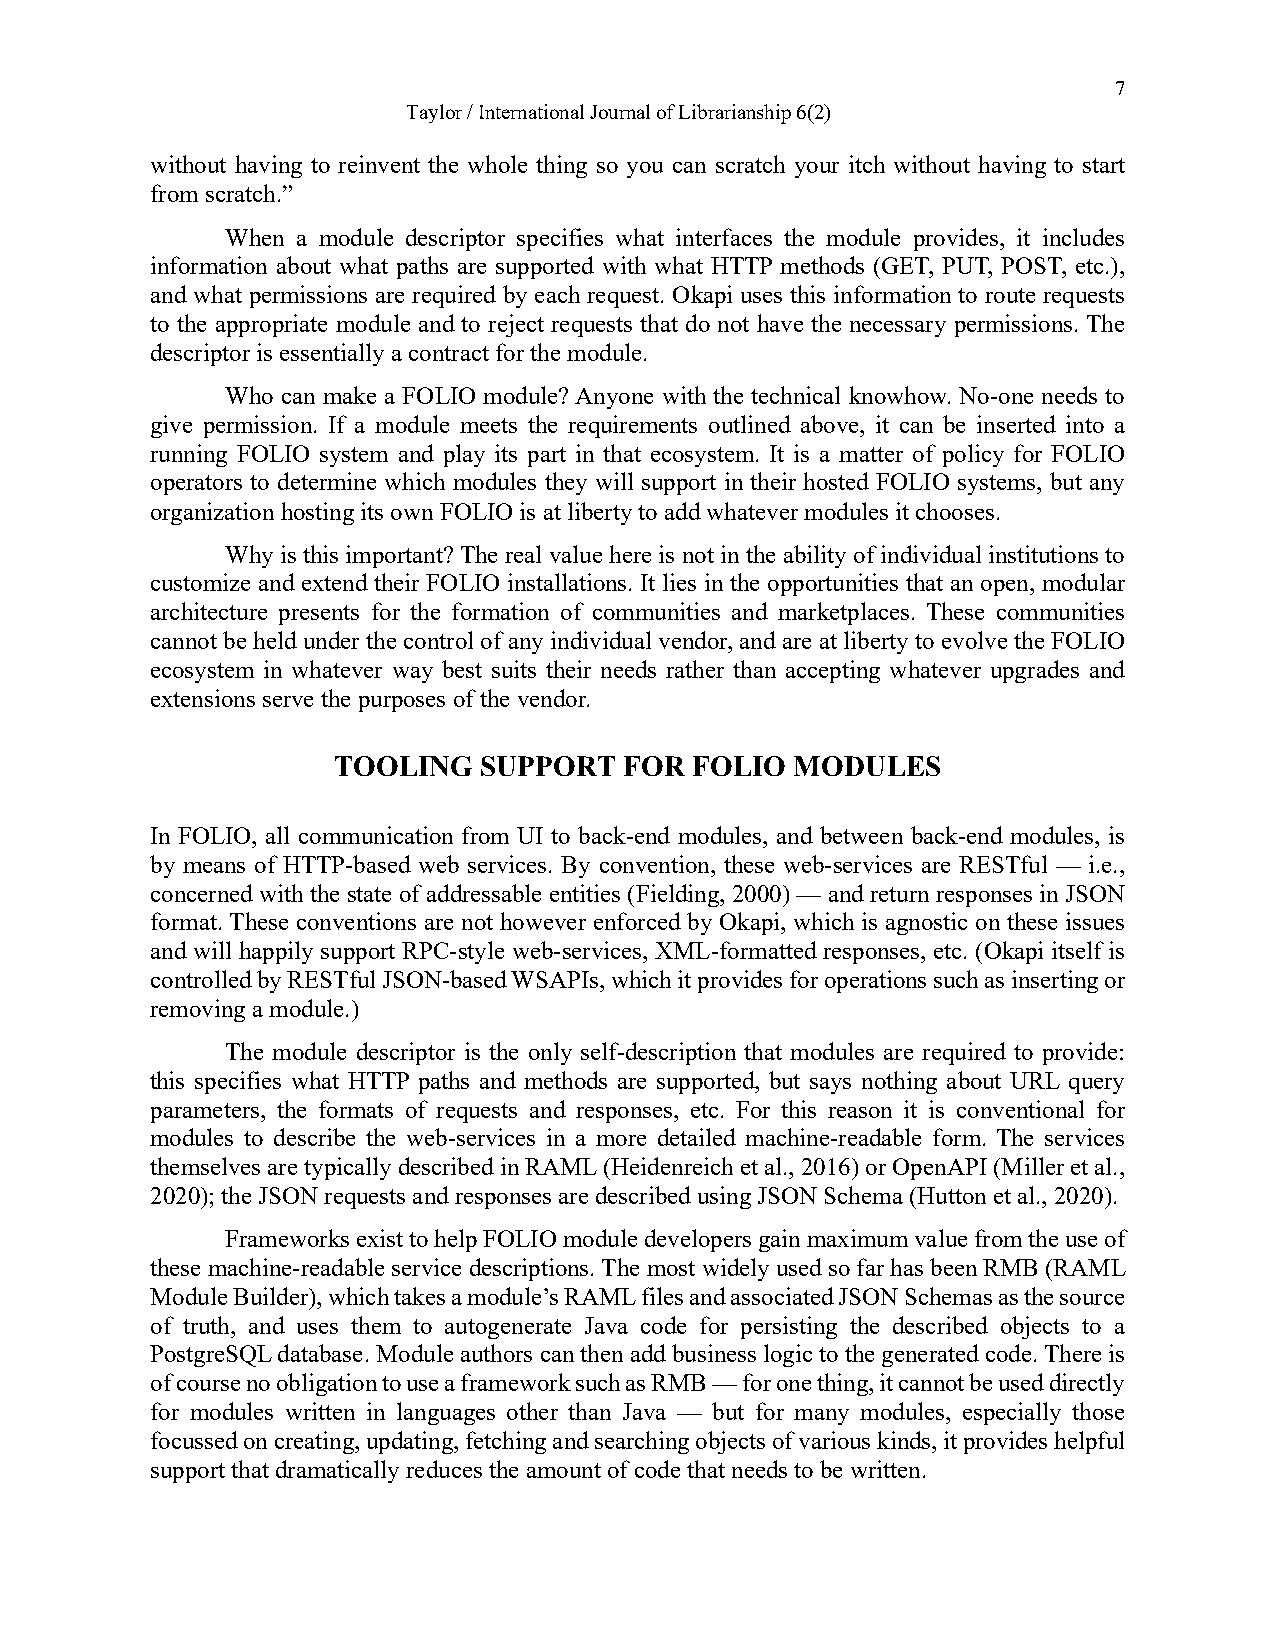
7
 Taylor / International Journal of Librarianship 6(2)
 without having to reinvent the whole thing so you can scratch your itch without having to start
 from scratch.”
 When a module descriptor specifies what interfaces the module provides, it includes
 information about what paths are supported with what HTTP methods (GET, PUT, POST, etc.),
 and what permissions are required by each request. Okapi uses this information to route requests
 to the appropriate module and to reject requests that do not have the necessary permissions. The
 descriptor is essentially a contract for the module.
 Who can make a FOLIO module? Anyone with the technical knowhow. No-one needs to
 give permission. If a module meets the requirements outlined above, it can be inserted into a
 running FOLIO system and play its part in that ecosystem. It is a matter of policy for FOLIO
 operators to determine which modules they will support in their hosted FOLIO systems, but any
 organization hosting its own FOLIO is at liberty to add whatever modules it chooses.
 Why is this important? The real value here is not in the ability of individual institutions to
 customize and extend their FOLIO installations. It lies in the opportunities that an open, modular
 architecture presents for the formation of communities and marketplaces. These communities
 cannot be held under the control of any individual vendor, and are at liberty to evolve the FOLIO
 ecosystem in whatever way best suits their needs rather than accepting whatever upgrades and
 extensions serve the purposes of the vendor.
 TOOLING   SUPPORT  FOR  FOLIO  MODULES
 In FOLIO, all communication from UI to back-end modules, and between back-end modules, is
 by means of HTTP-based web services. By convention, these web-services are RESTful — i.e.,
 concerned with the state of addressable entities (Fielding, 2000) — and return responses in JSON
 format. These conventions are not however enforced by Okapi, which is agnostic on these issues
 and will happily support RPC-style web-services, XML-formatted responses, etc. (Okapi itself is
 controlled by RESTful JSON-based WSAPIs, which it provides for operations such as inserting or
 removing a module.)
 The module descriptor is the only self-description that modules are required to provide:
 this specifies what HTTP paths and methods are supported, but says nothing about URL query
 parameters, the formats of requests and responses, etc. For this reason it is conventional for
 modules to describe the web-services in a more detailed machine-readable form. The services
 themselves are typically described in RAML (Heidenreich et al., 2016) or OpenAPI (Miller et al.,
 2020); the JSON requests and responses are described using JSON Schema (Hutton et al., 2020).
 Frameworks exist to help FOLIO module developers gain maximum value from the use of
 these machine-readable service descriptions. The most widely used so far has been RMB (RAML
 Module Builder), which takes a module’s RAML files and associated JSON Schemas as the source
 of truth, and uses them to autogenerate Java code for persisting the described objects to a
 PostgreSQL database. Module authors can then add business logic to the generated code. There is
 of course no obligation to use a framework such as RMB — for one thing, it cannot be used directly
 for modules written in languages other than Java — but for many modules, especially those
 focussed on creating, updating, fetching and searching objects of various kinds, it provides helpful
 support that dramatically reduces the amount of code that needs to be written.